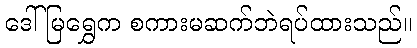
ဒေါ်မြရွှေက စကားမဆက်ဘဲရပ်ထားသည်။